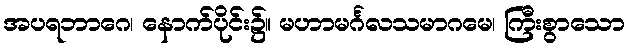
အပရဘာဂေ၊ နောက်ပိုင်း၌။ မဟာမင်္ဂလသမာဂမေ၊ ကြီးစွာသော